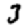
Digit: 3